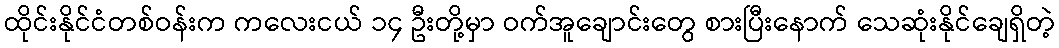
ထိုင်းနိုင်ငံတစ်ဝန်းက ကလေးငယ် ၁၄ ဦးတို့မှာ ဝက်အူချောင်းတွေ စားပြီးနောက် သေဆုံးနိုင်ချေရှိတဲ့